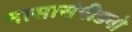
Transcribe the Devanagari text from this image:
नासासंपीडनो